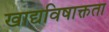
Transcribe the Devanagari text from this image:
खाद्यविषाक्तता